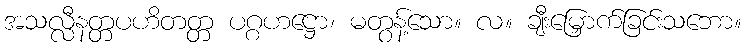
အသလ္လီနတ္တပဟိတတ္တ ပဂ္ဂဟဋ္ဌော၊ မတွန့်သော။ လ။ ချီးမြှောက်ခြင်းသဘော။